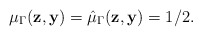
\begin{align*} \mu_{\Gamma} ( \mathbf{z}, \mathbf{y} ) = \hat{\mu}_{\Gamma} ( \mathbf{z}, \mathbf{y} ) = 1/2. \end{align*}